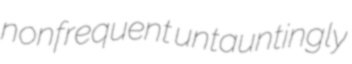
nonfrequent untauntingly